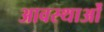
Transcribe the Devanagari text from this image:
आवस्थाओं